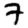
Digit: 7